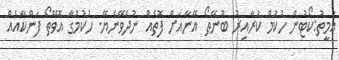
އަމީތު:ކޯޓުން ހުކުމް ކުރާއިރު ބުނޭތޯ އޭނާއަށް ފޮތެއް ނުދެވޭނެޔޭ. ހުކުމުގާ އޮވޭތޯ ފަންކާއެއް